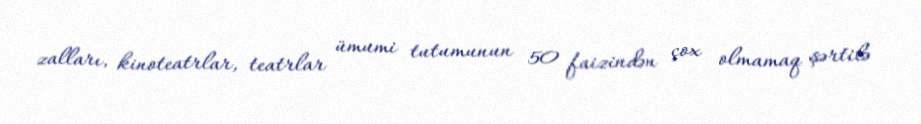
zalları, kinoteatrlar, teatrlar ümumi tutumunun 50 faizindən çox olmamaq şərtilə